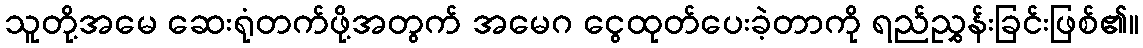
သူတို့အမေ ဆေးရုံတက်ဖို့အတွက် အမေဂ ငွေထုတ်ပေးခဲ့တာကို ရည်ညွှန်းခြင်းဖြစ်၏။